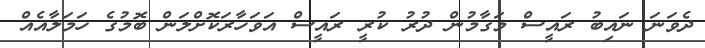
ދެވަނަ ނައިބު ރައީސް މަގާމުން ދުރު ކުރީ ރައީސް އަވަހާރަކޮށްލަން ބޮމުގެ ހަމަލާއެއް